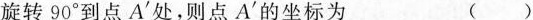
旋转90°到点A'处，则点A'的坐标为 ()